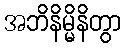
အဘိနိမ္မိနိတွာ